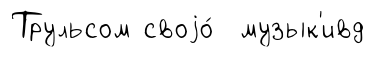
Трульсом своjо́ музык'ивд